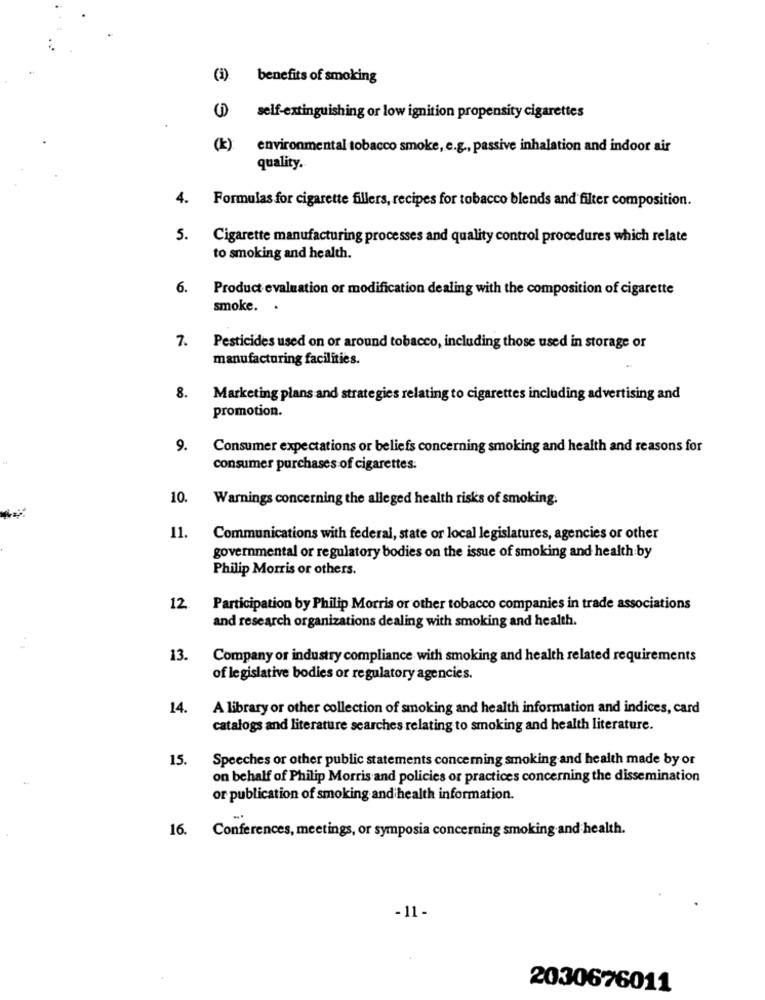
(i). benefits of smoking
self-extinguishing or low ignition propensity cigarettes
(k):
environmental tobacco smoke, e.g ., passive inhalation and indoor air
quality.
4.
Formulas for cigarette fillers, recipes for tobacco blends and filter composition.
5.
Cigarette manufacturing processes and quality control procedures which relate
to smoking and health.
6.
Product evaluation or modification dealing with the composition of cigarette
smoke. .
7.
Pesticides used on or around tobacco, including those used in storage or
manufacturing facilities.
8.
Marketing plans and strategies relating to cigarettes including advertising and
promotion.
9.
Consumer expectations or beliefs concerning smoking and health and reasons for
consumer purchases of cigarettes:
10.
Warnings concerning the alleged health risks of smoking.
11.
Communications with federal, state or local legislatures, agencies or other
governmental or regulatory bodies on the issue of smoking and health by
Philip Morris or others.
12
Participation by Philip Morris or other tobacco companies in trade associations
and research organizations dealing with smoking and health.
13.
Company or industry compliance with smoking and health related requirements
of legislative bodies or regulatory agencies.
14.
A library or other collection of smoking and health information and indices, card
catalogs and literature searches relating to smoking and health literature.
15.
Speeches or other public statements concerning smoking and health made by or
on behalf of Philip Morris and policies or practices concerning the dissemination
or publication of smoking and health information.
16. Conferences, meetings, or symposia concerning smoking and health.
-11 -
2030676011